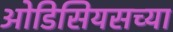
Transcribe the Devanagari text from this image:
ओडिसियसच्या